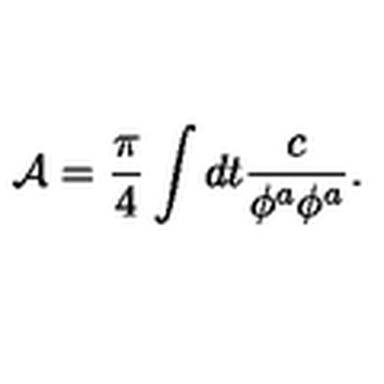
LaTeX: { \cal A } = \frac { \pi } { 4 } \int d t { \frac { c } { \phi ^ { a } \phi ^ { a } } } .